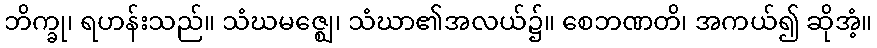
ဘိက္ခု၊ ရဟန်းသည်။ သံဃမဇ္ဈေ၊ သံဃာ၏အလယ်၌။ စေဘဏတိ၊ အကယ်၍ ဆိုအံ့။